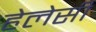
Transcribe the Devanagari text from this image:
हेलेसी